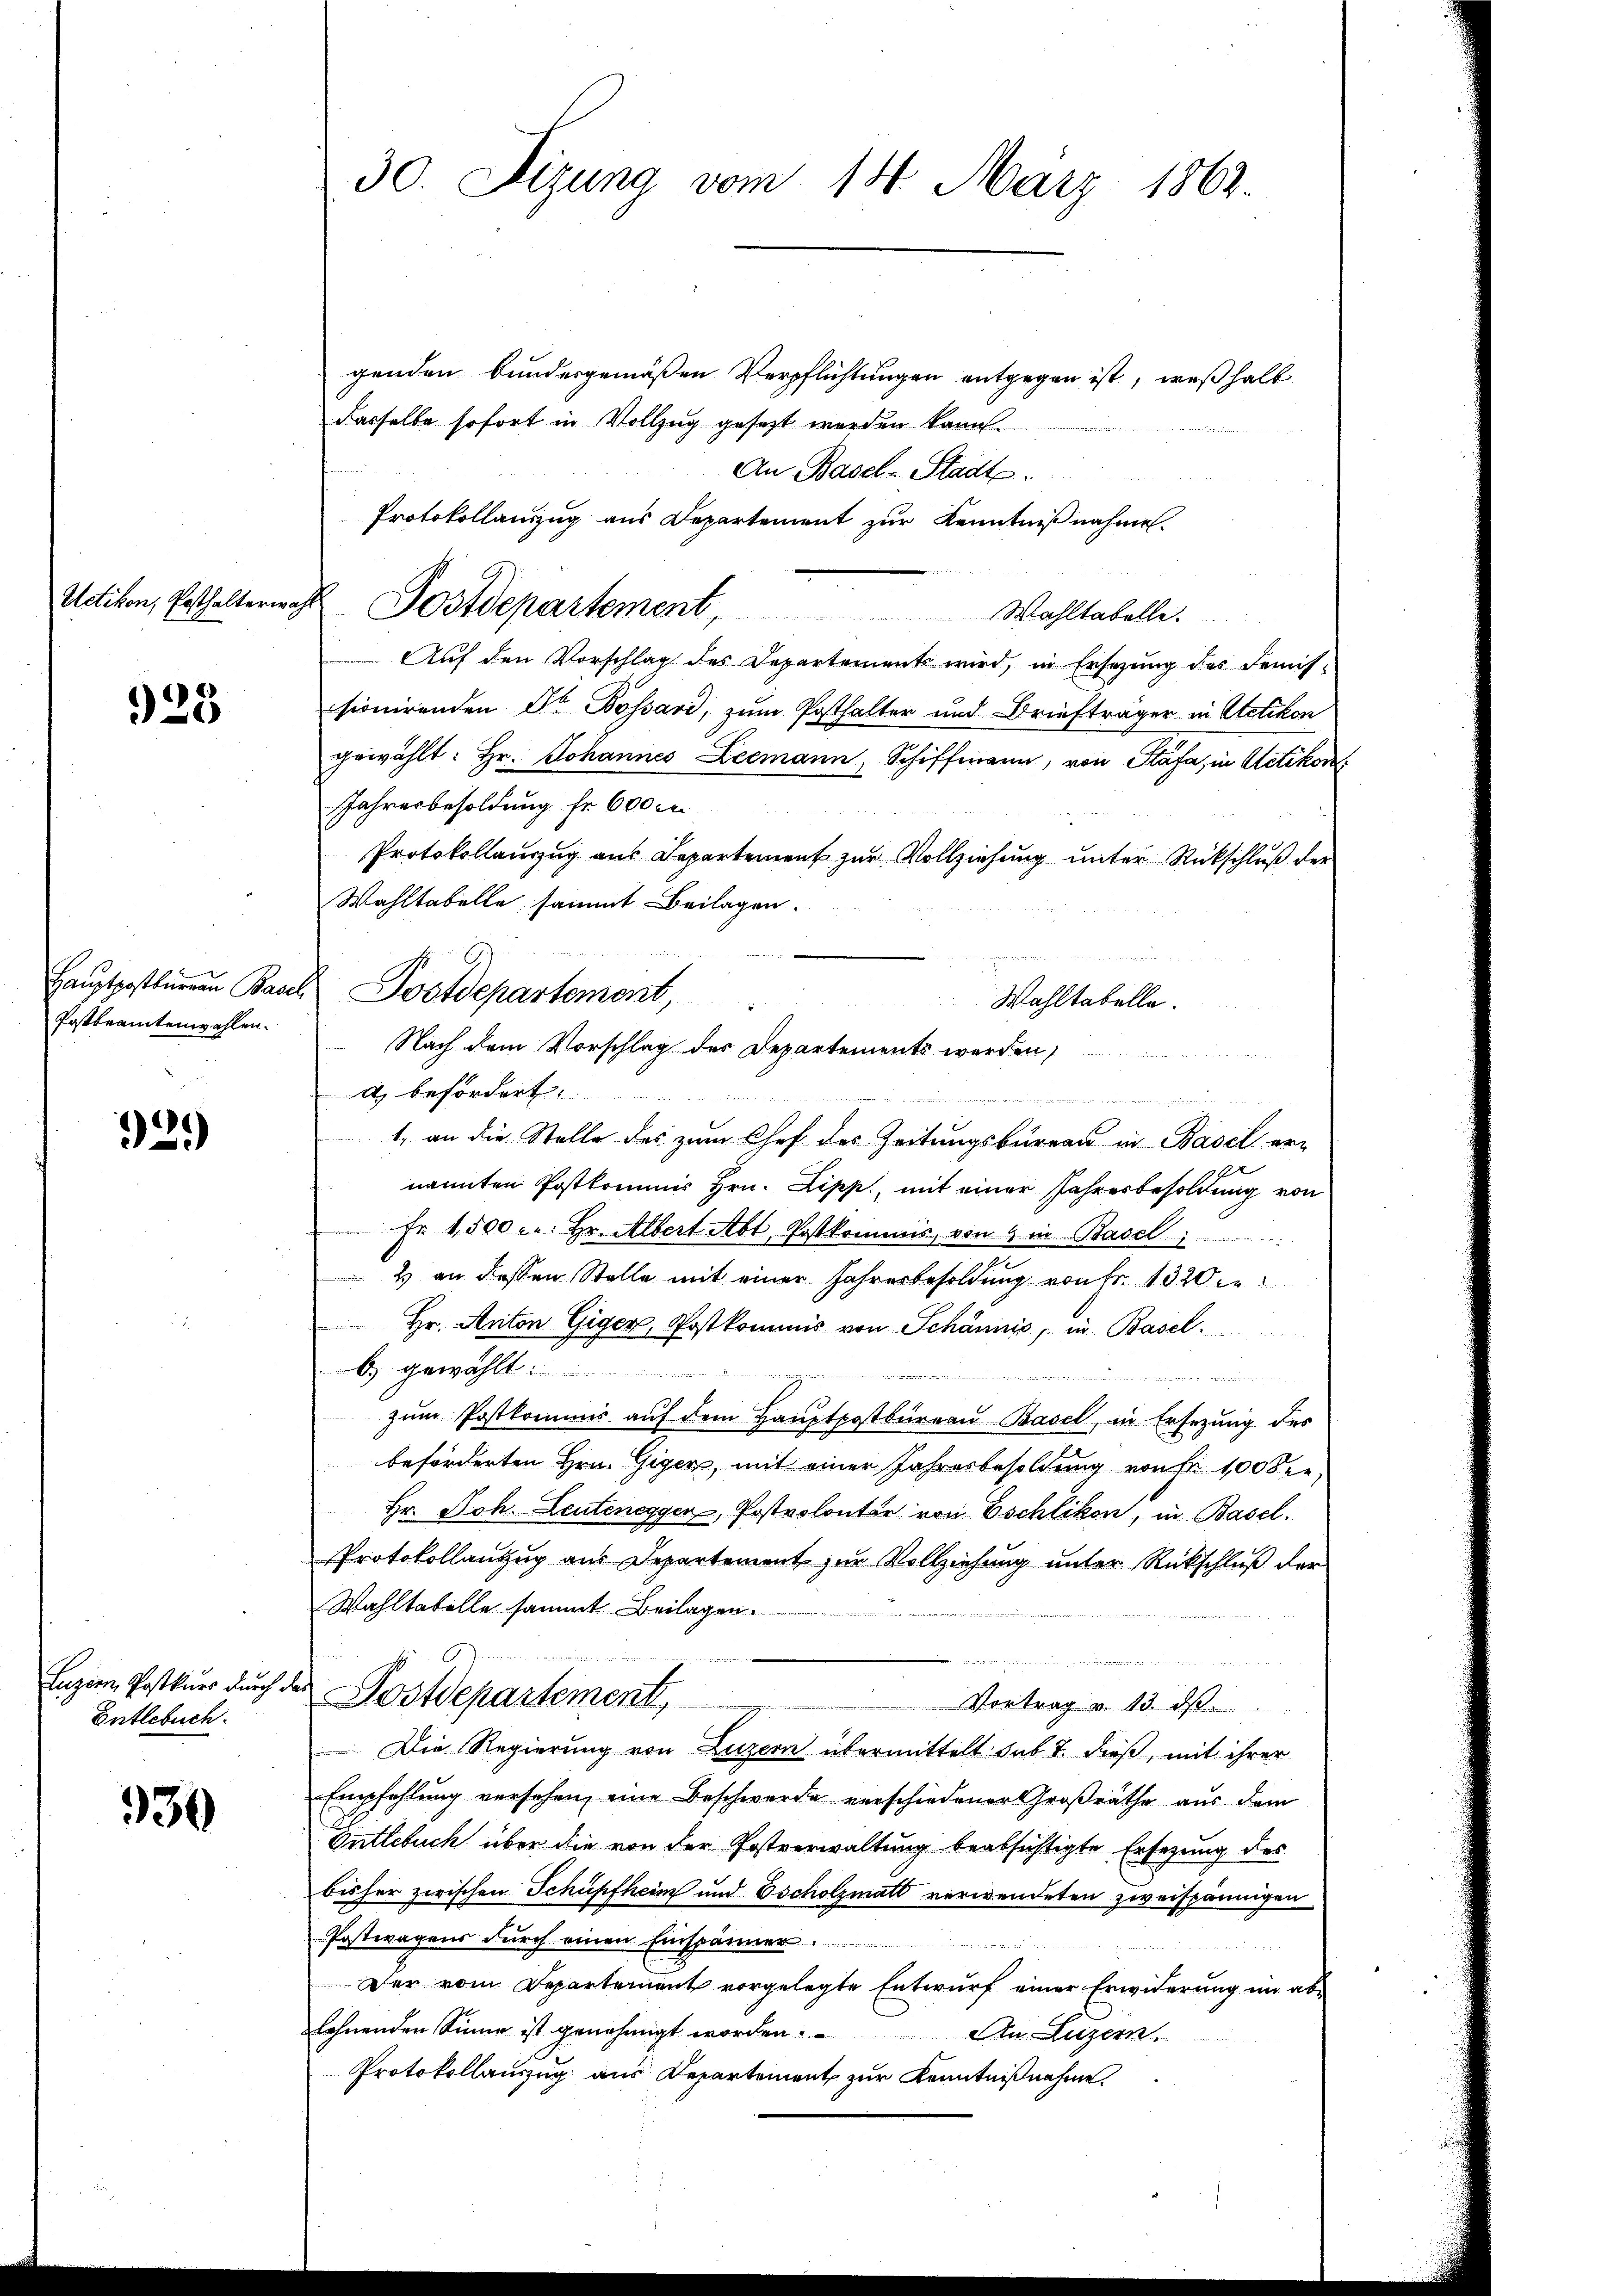
923

Postbeamtenwahlen.

32.)

Enzien, Postkurs durch de
Entlebuch.

930

30. Sizung vom 18. März 1863.

genden bundesgemäßen Verpflichtungen entgegen ist, weßhalb
dasselbe sofort in Vollzug gesezt werden kann.
An Basel-Stadt.
Protokollauszug aus Departement zur Kenntnißnahme.
Uetikon, Erhalternach Postdepartement,
Wahltabelle.
Auf den Vorschlag des Departements wird, in Ersezung des Demis-
sionirenden Dr. Bossard, zum Posthalter und Briefträger in Uetikon
gewählt: Hr. Johannes Leemann, Schiffmann, von Stäfa, in Uetikon
Jahresbesoldung fr. 600 Fr
Protokollanzug aus Departement zur Vollziehung unter Rückschluß der
Wahltabelle sammt Beilagen.
Haŭptpostbürgen Basel Postdepartement,
u
) befördert.

1., an die Stelle des zum Chef des Zeitungsbüreau in Basel er-
nannten Postkommis Hrn. Lipp, mit einer Jahresbesoldung von
Fr. 1500 c.: Hr. Albert Abt Postkommis, von 4 in Basel
2 an dessen Stelle mit einer Jahresbesoldung von Fr. 1320 er
hr. Anton Giger, Postkommis von Schännis, in Basel
b) gewählt
zum Postkommis auf dem Hauptpostbüreau Basel, in Ersezung des
beförderten Hrn. Giger, mit einer Jahresbesoldung von Fr. 100 die
Hr. Joh. Leutenegger, Postvolonter von Eschlikon, in Basel.
Protokollanzug aus Departement zur Vollziehung unter Rückschluß der
Wahltabelle sammt Beilagen.
Postdepartement,
Vortrag v. 13. ds.
Die Regierung von Luzern übermittelt sub 7. dieß, mit ihrer
Empfehlung versehen, eine Beschwerde verschiedener Großräthe aus dem
Ontlebuch über die von der Postverwaltung beabsichtigte Ersezung des
bisher zwischen Schüpfheim und Escholzmatt verwendeten zweispännigen
Postwagens durch einen Einspänner
Der vom Departement vorgelegte Entwurf einer Erwiderung im ablehnenden Sinne ist genehmigt worden. An Luzern.
Protokollauszug aus Departement zur Kenntnißnahme.

Wahltabelle.
 Nach dem Vorschlag des Departements werden,